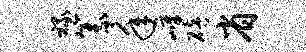
禄篆年嶂碚省